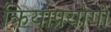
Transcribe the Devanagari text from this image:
क्रियाप्रयोगों